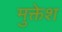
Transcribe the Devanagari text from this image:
मुक्तेश